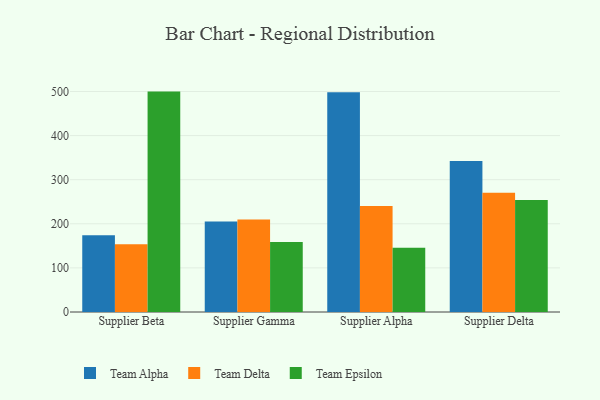
{"axis": {"x": "Supplier", "y": "Satisfaction Score"}, "legend": ["Team Alpha", "Team Delta", "Team Epsilon"], "data": [{"x": "Supplier Beta", "y": 174.2, "type": "Team Alpha"}, {"x": "Supplier Beta", "y": 153.7, "type": "Team Delta"}, {"x": "Supplier Beta", "y": 499.7, "type": "Team Epsilon"}, {"x": "Supplier Gamma", "y": 205.2, "type": "Team Alpha"}, {"x": "Supplier Gamma", "y": 209.8, "type": "Team Delta"}, {"x": "Supplier Gamma", "y": 158.6, "type": "Team Epsilon"}, {"x": "Supplier Alpha", "y": 498.0, "type": "Team Alpha"}, {"x": "Supplier Alpha", "y": 240.2, "type": "Team Delta"}, {"x": "Supplier Alpha", "y": 145.9, "type": "Team Epsilon"}, {"x": "Supplier Delta", "y": 342.3, "type": "Team Alpha"}, {"x": "Supplier Delta", "y": 270.2, "type": "Team Delta"}, {"x": "Supplier Delta", "y": 253.8, "type": "Team Epsilon"}]}